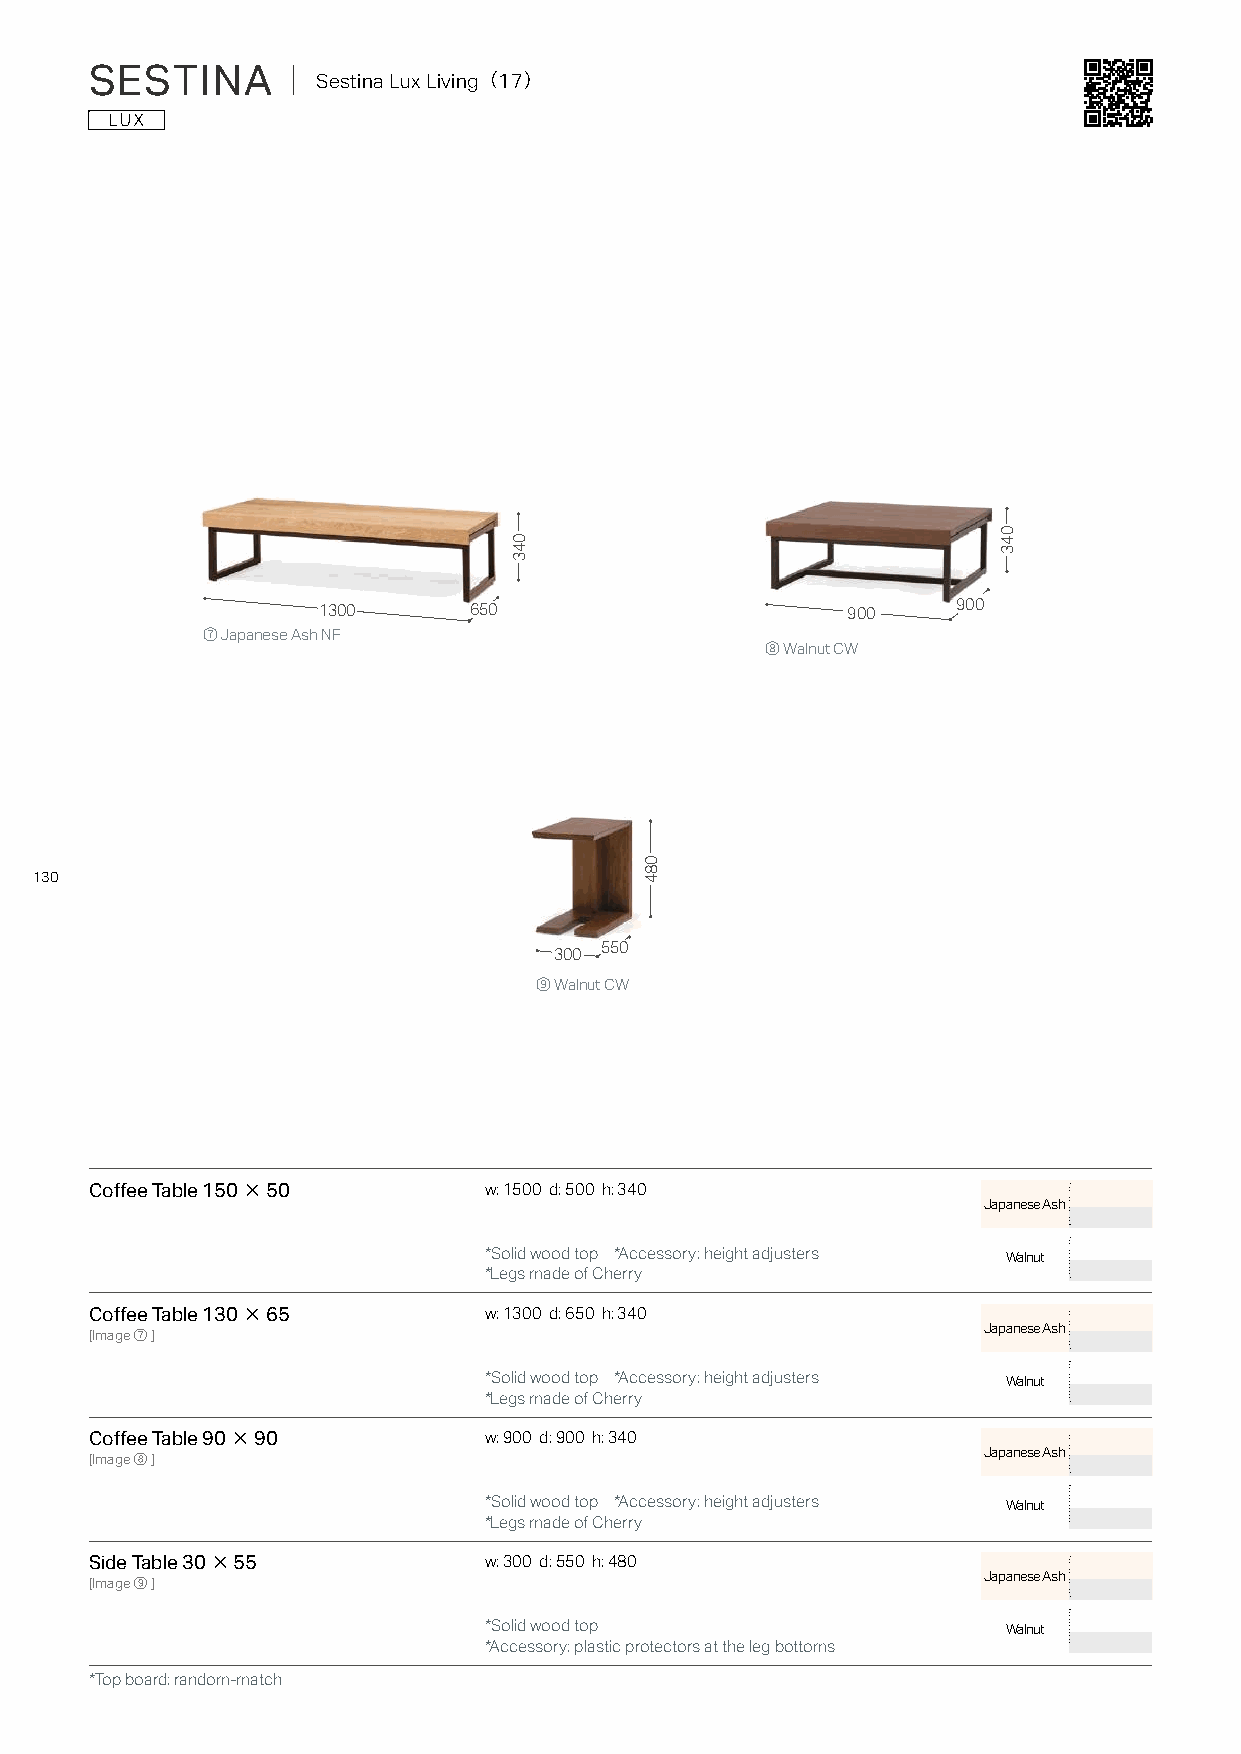
SESTINA      ｜ Sestina Lux Living（17）
 1300      650                      900    900
 ⑦ Japanese Ash NF
 ⑧ Walnut CW
 130
 550
 300
 ⑨ Walnut CW
 Coffee Table 150×50       w: 1500 d: 500 h: 340
 Japanese Ash
 *Solid wood top *Accessory: height adjusters Walnut
 *Legs made of Cherry
 Coffee Table 130×65       w: 1300 d: 650 h: 340
 Japanese Ash
 [Image⑦]
 *Solid wood top *Accessory: height adjusters Walnut
 *Legs made of Cherry
 Coffee Table 90×90        w: 900 d: 900 h: 340
 Japanese Ash
 [Image⑧]
 *Solid wood top *Accessory: height adjusters Walnut
 *Legs made of Cherry
 Side Table 30×55          w: 300 d: 550 h: 480
 Japanese Ash
 [Image⑨]
 *Solid wood top                    Walnut
 *Accessory: plastic protectors at the leg bottoms
 *Top board: random-match
 043
 084
 043